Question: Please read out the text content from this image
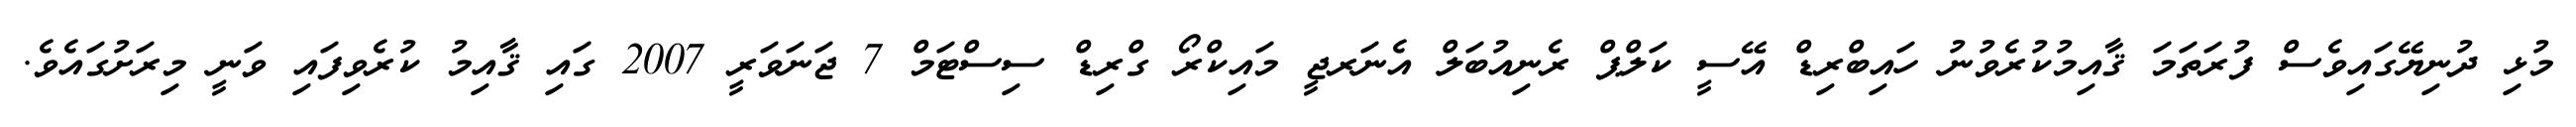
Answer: މުޅި ދުނިޔޭގައިވެސް ފުރަތަމަ ޤާއިމުކުރެވުނު ހައިބްރިޑް އޭސީ ކަލްޕް ރެނިއުބަލް އެނަރޖީ މައިކްރޯ ގްރިޑް ސިސްޓަމް 7 ޖަނަވަރީ 2007 ގައި ޤާއިމު ކުރެވިފައި ވަނީ މިރަށުގައެވެ.